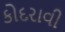
કોદરાવી